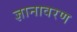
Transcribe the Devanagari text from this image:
ज्ञानावरण